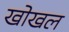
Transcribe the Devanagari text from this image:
खोखल